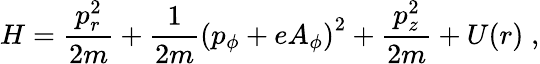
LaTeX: H=\frac{p_{r}^{2}}{2m}+\frac{1}{2m}\left(p_{\phi}+eA_{\phi}\right)^{2}+\frac{p_{z}^{2}}{2m}+U(r)\; ,